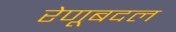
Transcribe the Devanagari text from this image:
रेणूबदल